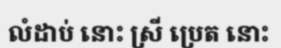
លំដាប់ នោះ ស្រី ប្រេត នោះ